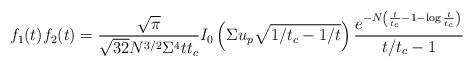
LaTeX: \begin{align*} f_1(t)f_2(t)=\frac{\sqrt{\pi}}{\sqrt{32}N^{3/2}\Sigma^4tt_c} I_0\left(\Sigma u_p\sqrt{1/t_c-1/t}\right) \frac{e^{-N\left(\frac{t}{t_c}-1-\log\frac{t}{t_c}\right)}}{t/t_c-1}\end{align*}